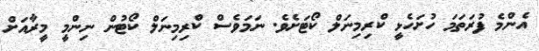
އެންމެ ފުރަތަމަ ހުށަހެޅީ ކްރިމިނަލް ކޯޓަށެވެ. ނަމަވެސް ކްރިމިނަލް ކޯޓުން ނިންމީ މީރާއަށް